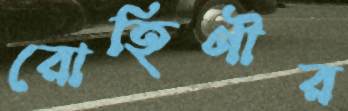
রোহিণীর